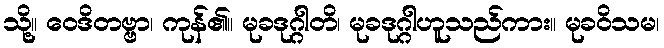
သို့။ ဝေဒိတဗ္ဗာ၊ ကုန်၏။ မုခဒုဂ္ဂါတိ၊ မုခဒုဂ္ဂါဟူသည်ကား။ မုခဝိသမ၊